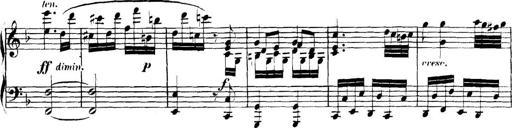
Title: Collected Piano Sonatas
Composer: Muzio Clementi